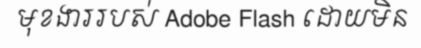
មុខងាររបស់ Adobe Flash ដោយមិន